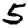
Digit: 5